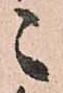
々